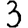
Digit: 3